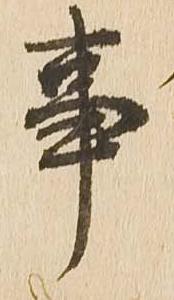
事